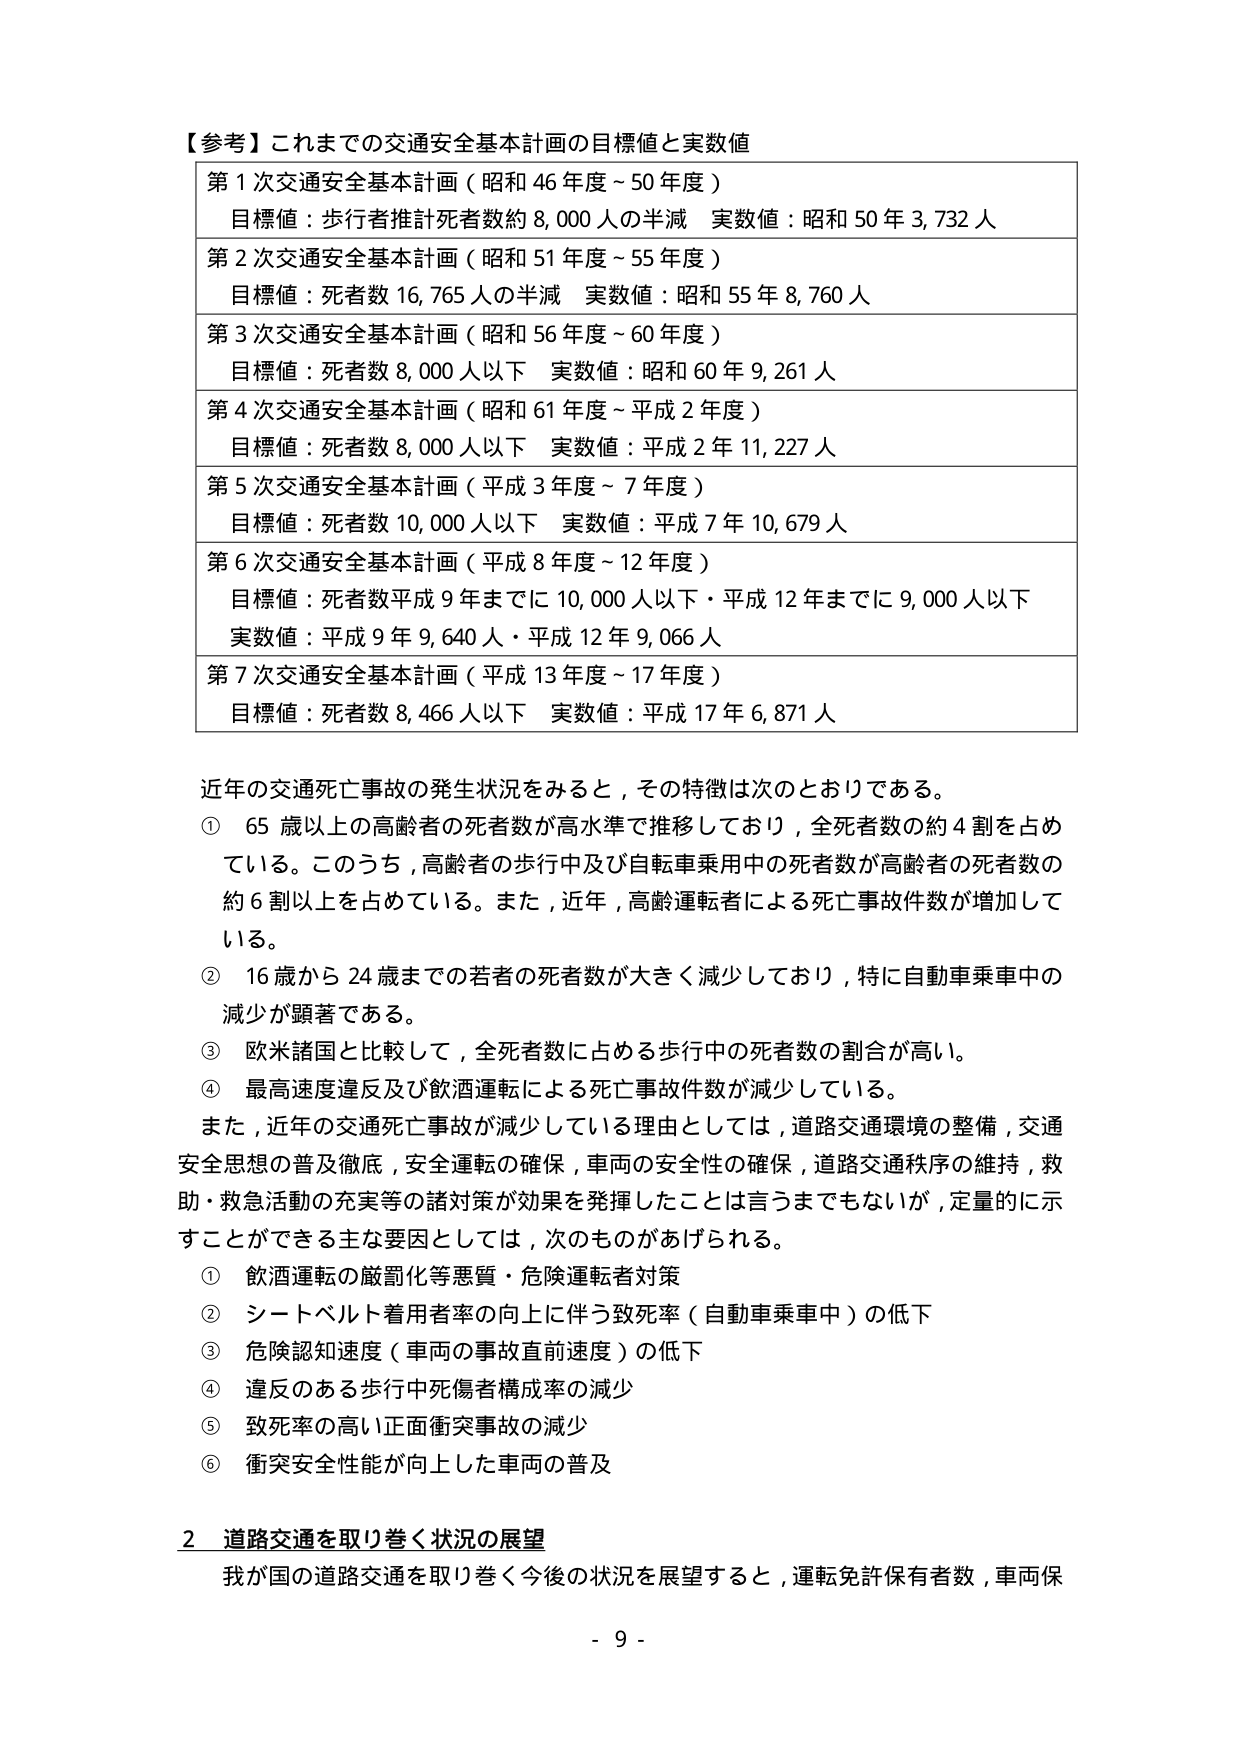
【参考】これまでの交通安全基本計画の目標値と実数値

第1次交通安全基本計画（昭和46年度～50年度）
目標値：歩行者推計死者数約8,000人の半減　実数値：昭和50年3,732人

第2次交通安全基本計画（昭和51年度～55年度）
目標値：死者数16,765人の半減　実数値：昭和55年8,760人

第3次交通安全基本計画（昭和56年度～60年度）
目標値：死者数8,000人以下　実数値：昭和60年9,261人

第4次交通安全基本計画（昭和61年度～平成2年度）
目標値：死者数8,000人以下　実数値：平成2年11,227人

第5次交通安全基本計画（平成3年度～7年度）
目標値：死者数10,000人以下　実数値：平成7年10,679人

第6次交通安全基本計画（平成8年度～12年度）
目標値：死者数平成9年までに10,000人以下・平成12年までに9,000人以下
実数値：平成9年9,640人・平成12年9,066人

第7次交通安全基本計画（平成13年度～17年度）
目標値：死者数8,466人以下　実数値：平成17年6,871人

近年の交通死亡事故の発生状況をみると，その特徴は次のとおりである。
① 65歳以上の高齢者の死者数が高水準で推移しており，全死者数の約4割を占めている。このうち，高齢者の歩行中及び自転車乗用中の死者数が高齢者の死者数の約6割以上を占めている。また，近年，高齢運転者による死亡事故件数が増加している。
② 16歳から24歳までの若者の死者数が大きく減少しており，特に自動車乗車中の減少が顕著である。
③ 欧米諸国と比較して，全死者数に占める歩行中の死者数の割合が高い。
④ 最高速度違反及び飲酒運転による死亡事故件数が減少している。

また，近年の交通死亡事故が減少している理由としては，道路交通環境の整備，交通安全思想の普及徹底，安全運転の確保，車両の安全性の確保，道路交通秩序の維持，救助・救急活動の充実等の諸対策が効果を発揮したことは言うまでもないが，定量的に示すことができる主な要因としては，次のものがあげられる。
① 飲酒運転の厳罰化等悪質・危険運転者対策
② シートベルト着用者率の向上に伴う致死率（自動車乗車中）の低下
③ 危険認知速度（車両の事故直前速度）の低下
④ 違反のある歩行中死傷者構成率の減少
⑤ 致死率の高い正面衝突事故の減少
⑥ 衝突安全性能が向上した車両の普及

2 道路交通を取り巻く状況の展望
我が国の道路交通を取り巻く今後の状況を展望すると，運転免許保有者数，車両保

- 9 -